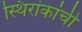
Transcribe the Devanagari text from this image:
स्थिरांकांची